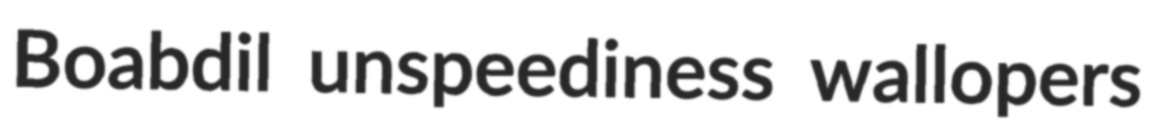
Boabdil unspeediness wallopers